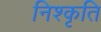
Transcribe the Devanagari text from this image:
निश्कृति